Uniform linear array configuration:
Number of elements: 32
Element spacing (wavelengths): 0.75
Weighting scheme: uniform
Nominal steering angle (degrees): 15
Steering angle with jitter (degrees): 13.121
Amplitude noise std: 0.05
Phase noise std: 0.05

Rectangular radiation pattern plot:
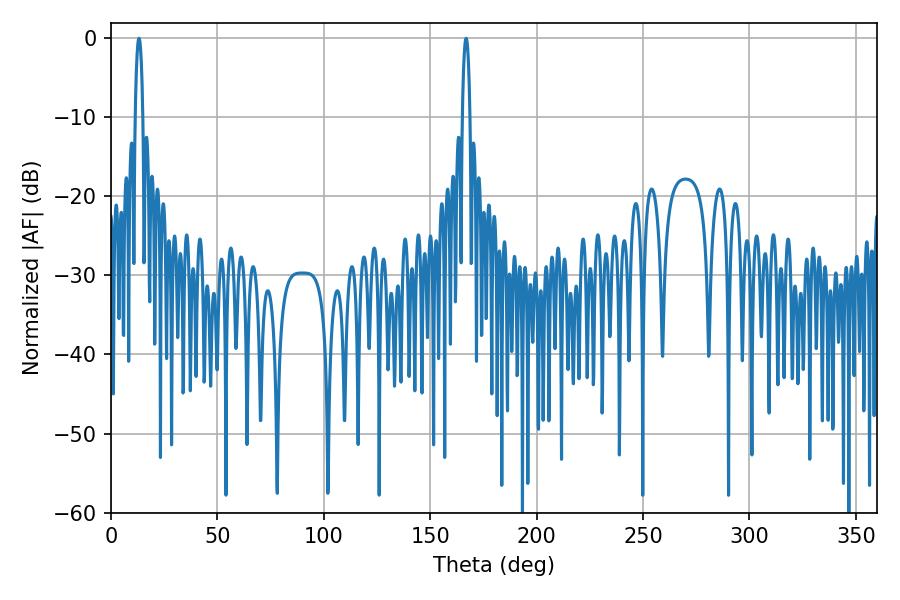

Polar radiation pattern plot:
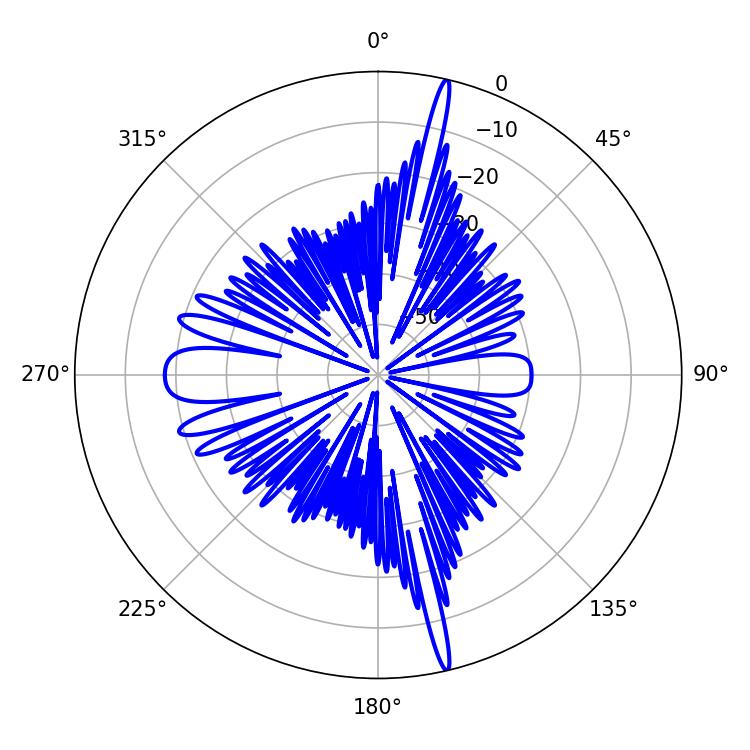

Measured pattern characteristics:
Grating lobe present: TRUE
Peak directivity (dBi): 21.905
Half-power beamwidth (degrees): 1.8
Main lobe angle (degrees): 13.14